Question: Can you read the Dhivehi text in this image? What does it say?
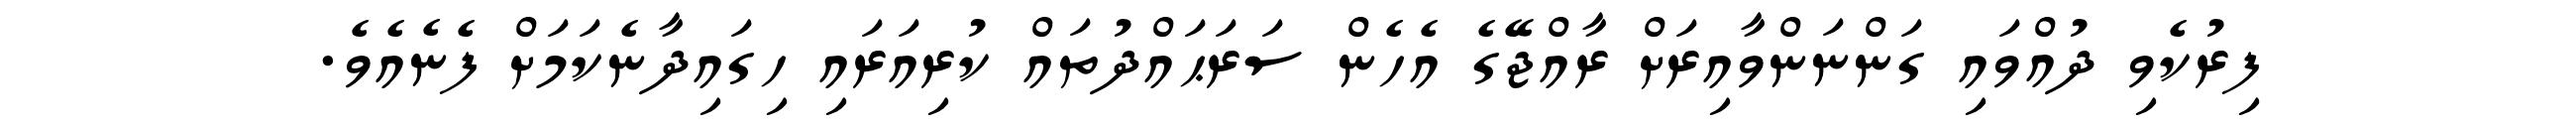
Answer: ފިރުކެވި ދުއްވައި ގަންނަންވާއިރަށް ރާއްޖޭގެ އެހެން ސަރަޙައްދުތައް ކުރިއަރައި ހިގައިދާނެކަމަށް ފެނެއެވެ.